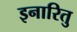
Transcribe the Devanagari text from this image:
इनारितु